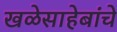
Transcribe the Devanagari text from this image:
खळेसाहेबांचे